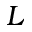
L